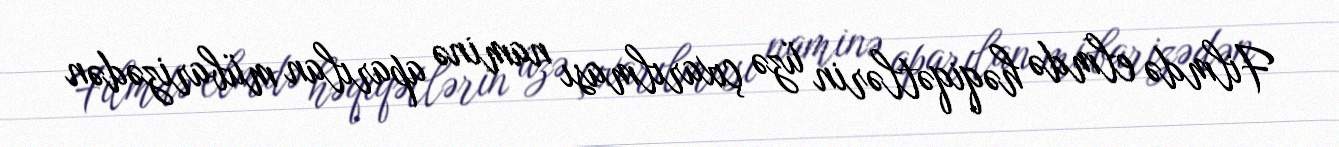
Filmdə elmdə həqiqətlərin üzə çıxarılması naminə aparılan mübarizədən